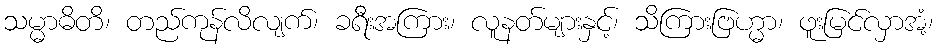
သမ္မာဓိတိ၊ တည်ကုန်လိလျက်၊ ခရီးအကြား၊ လူနတ်များနှင့်၊ သိကြားဗြဟ္မာ၊ ဖူးမြင်လှာအံ့၊